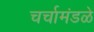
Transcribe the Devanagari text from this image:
चर्चामंडळे